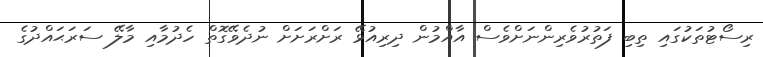
ރިސޯޓުތަކުގައި ތިބި ފަތުރުވެރިންނަށްވެސް އާއްމުން ދިރިއުޅޭ ރަށްރަށަަށް ނުދެވޭގޮތް ހެދުމާއި މާލޭ ސަރަޙައްދުގެ